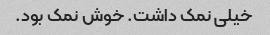
خیلی نمک داشت. خوش نمک بود.